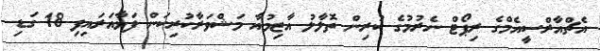
އެޗްއާރްސީއެމްގެ ރިޕޯޓް ނެރުމުގެ ކުރިން ތޮލާލު އާޒިމުއާ މަޝްވަރާކުރިކަން ފަޅާއަރައިފި 18 ގަޑި